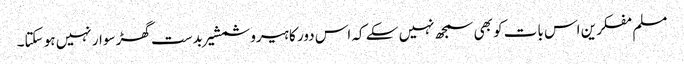
مسلم مفکرین اس بات کو بھی سمجھ نہیں سکے کہ اس دور کا ہیرو شمشیر بدست گھڑ سوار نہیں ہو سکتا۔